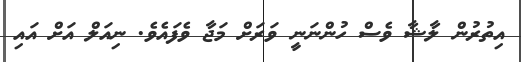
އިތުރުން ލާޝާ ވެސް ހުންނަނީ ވަރަށް މަޖާ ވެފައެވެ. ނިއަލް އަށް އައި